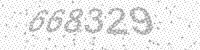
Solution: 668329